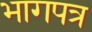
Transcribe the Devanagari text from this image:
भागपत्र